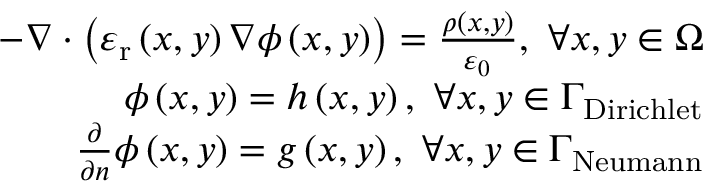
\begin{array} { r } { - \nabla \cdot \left( \varepsilon _ { \mathrm { r } } \left( x , y \right) \nabla \phi \left( x , y \right) \right) = \frac { \rho \left( x , y \right) } { \varepsilon _ { 0 } } , ~ \forall x , y \in \Omega } \\ { \phi \left( x , y \right) = h \left( x , y \right) , ~ \forall x , y \in \Gamma _ { \mathrm { D i r i c h l e t } } } \\ { \frac { \partial } { \partial \boldsymbol { n } } \phi \left( x , y \right) = g \left( x , y \right) , ~ \forall x , y \in \Gamma _ { \mathrm { N e u m a n n } } } \end{array}